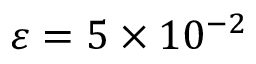
\varepsilon = 5 \times 1 0 ^ { - 2 }